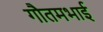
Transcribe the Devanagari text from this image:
गौतमभाई